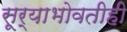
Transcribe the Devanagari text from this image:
सूर्याभोवतीही